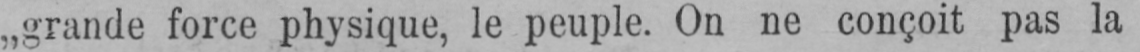
„grande force physique, le peuple. On ne conçoit pas la